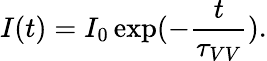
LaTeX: I(t)=I_{0}\exp(-\frac{t}{\tau_{VV}}).